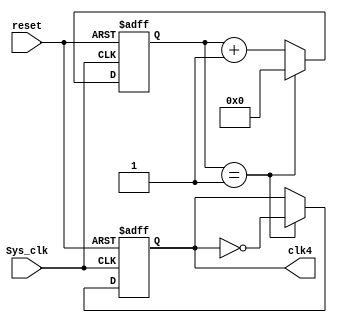

module BRG1 (Sys_clk,reset,clk4);

	input 	    Sys_clk,reset;
	output reg  clk4;
	reg 		[8:0]count1;

	initial
	begin
		clk4 <= 0;
		count1 <= 0;
	end

	always @(posedge Sys_clk or negedge reset) 
	begin 
		if(~reset) 
		begin
			clk4<= 0;
			count1 <= 0;
		end else 
		begin
			if(count1 == 9'd1)
			begin
				clk4<= ~clk4;
				count1 <= 9'd0;
			end
			else
				count1 <= count1 +9'd1;
		end
	end
endmodule